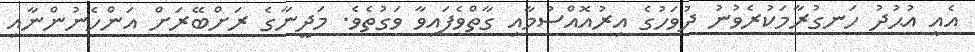
އެއީ އުޙުދު ހަނގުރާމަކުރެވުނު ދުވަހުގެ އިރުއޮއްސުމާއި ގާތްވެފައިވާ ވަގުތެވެ. މަދީނާގެ ރަށްބޭރަށް އަންހެނުންނާއި